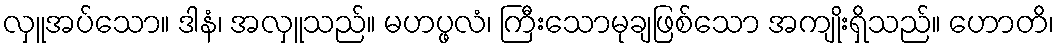
လှူအပ်သော။ ဒါနံ၊ အလှူသည်။ မဟပ္ဖလံ၊ ကြီးသောမုချဖြစ်သော အကျိုးရှိသည်။ ဟောတိ၊